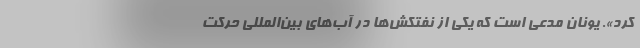
کرد». یونان مدعی است که یکی از نفتکش‌ها در آب‌های بین‌المللی حرکت